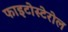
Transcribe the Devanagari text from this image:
फाइटोस्टेरोल